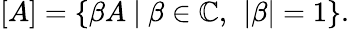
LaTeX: \left[A\right]=\left\{ \beta A\ |\ \beta\in\mathbb{C},\ \left\vert\beta\right\vert=1\right\} .